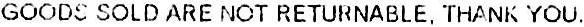
GOODS SOLD ARE NOT RETURNABLE, THANK YOU.